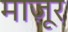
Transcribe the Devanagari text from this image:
माज़ूर